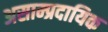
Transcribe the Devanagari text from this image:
असाम्प्रदायिक